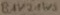
Text: BAV21WS